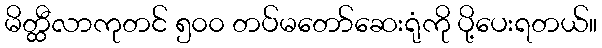
မိတ္ထီလာကုတင် ၅၀၀ တပ်မတော်ဆေးရုံကို ပို့ပေးရတယ်။